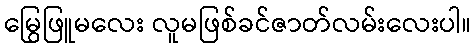
မြွေဖြူမလေး လူမဖြစ်ခင်ဇာတ်လမ်းလေးပါ။